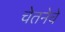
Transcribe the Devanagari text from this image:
चेतनेचे